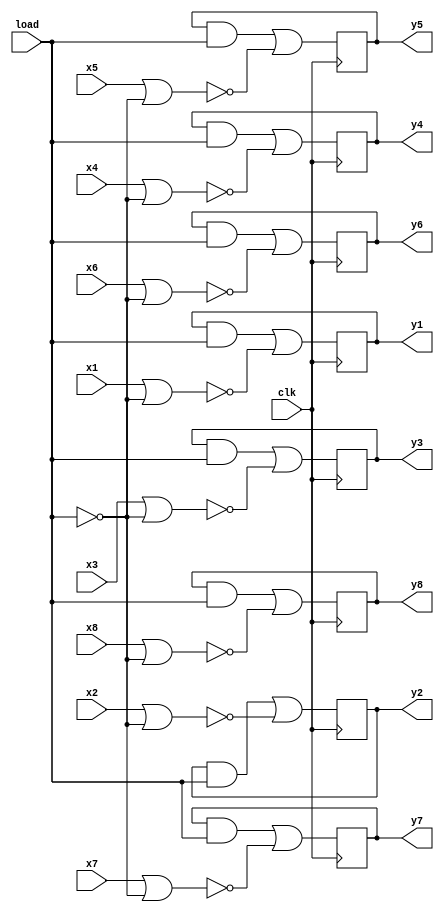
// Copyright (C) 1991-2010 Altera Corporation
// Your use of Altera Corporation's design tools, logic functions 
// and other software and tools, and its AMPP partner logic 
// functions, and any output files from any of the foregoing 
// (including device programming or simulation files), and any 
// associated documentation or information are expressly subject 
// to the terms and conditions of the Altera Program License 
// Subscription Agreement, Altera MegaCore Function License 
// Agreement, or other applicable license agreement, including, 
// without limitation, that your use is for the sole purpose of 
// programming logic devices manufactured by Altera and sold by 
// Altera or its authorized distributors.  Please refer to the 
// applicable agreement for further details.

// PROGRAM		"Quartus II"
// VERSION		"Version 10.0 Build 218 06/27/2010 SJ Web Edition"
// CREATED		"Fri Oct 18 15:50:40 2019"

module lab03(
	load,
	clk,
	x1,
	x2,
	x3,
	x4,
	x5,
	x7,
	x8,
	x6,
	y1,
	y2,
	y3,
	y4,
	y5,
	y6,
	y7,
	y8
);


input wire	load;
input wire	clk;
input wire	x1;
input wire	x2;
input wire	x3;
input wire	x4;
input wire	x5;
input wire	x7;
input wire	x8;
input wire	x6;
output wire	y1;
output wire	y2;
output wire	y3;
output wire	y4;
output wire	y5;
output wire	y6;
output wire	y7;
output wire	y8;

wire	SYNTHESIZED_WIRE_0;
reg	DFF_inst2;
wire	SYNTHESIZED_WIRE_1;
wire	SYNTHESIZED_WIRE_2;
wire	SYNTHESIZED_WIRE_3;
reg	DFF_inst3;
wire	SYNTHESIZED_WIRE_4;
wire	SYNTHESIZED_WIRE_5;
wire	SYNTHESIZED_WIRE_6;
reg	DFF_inst4;
wire	SYNTHESIZED_WIRE_7;
wire	SYNTHESIZED_WIRE_8;
wire	SYNTHESIZED_WIRE_9;
reg	DFF_inst5;
wire	SYNTHESIZED_WIRE_10;
wire	SYNTHESIZED_WIRE_11;
wire	SYNTHESIZED_WIRE_12;
reg	DFF_inst6;
wire	SYNTHESIZED_WIRE_13;
wire	SYNTHESIZED_WIRE_14;
wire	SYNTHESIZED_WIRE_15;
reg	DFF_inst7;
wire	SYNTHESIZED_WIRE_16;
wire	SYNTHESIZED_WIRE_17;
wire	SYNTHESIZED_WIRE_18;
reg	DFF_inst8;
wire	SYNTHESIZED_WIRE_19;
wire	SYNTHESIZED_WIRE_20;
wire	SYNTHESIZED_WIRE_21;
wire	SYNTHESIZED_WIRE_22;
reg	DFF_inst1;
wire	SYNTHESIZED_WIRE_23;
wire	SYNTHESIZED_WIRE_24;
wire	SYNTHESIZED_WIRE_25;
wire	SYNTHESIZED_WIRE_26;
wire	SYNTHESIZED_WIRE_27;
wire	SYNTHESIZED_WIRE_28;
wire	SYNTHESIZED_WIRE_29;
wire	SYNTHESIZED_WIRE_30;
wire	SYNTHESIZED_WIRE_31;

assign	y1 = DFF_inst1;
assign	y2 = DFF_inst2;
assign	y3 = DFF_inst3;
assign	y4 = DFF_inst4;
assign	y5 = DFF_inst5;
assign	y6 = DFF_inst6;
assign	y7 = DFF_inst7;
assign	y8 = DFF_inst8;



assign	SYNTHESIZED_WIRE_2 = ~(x2 | SYNTHESIZED_WIRE_0);

assign	SYNTHESIZED_WIRE_1 = DFF_inst2 & load;

assign	SYNTHESIZED_WIRE_25 = SYNTHESIZED_WIRE_1 | SYNTHESIZED_WIRE_2;

assign	SYNTHESIZED_WIRE_3 =  ~load;

assign	SYNTHESIZED_WIRE_5 = ~(x3 | SYNTHESIZED_WIRE_3);

assign	SYNTHESIZED_WIRE_4 = DFF_inst3 & load;

assign	SYNTHESIZED_WIRE_26 = SYNTHESIZED_WIRE_4 | SYNTHESIZED_WIRE_5;

assign	SYNTHESIZED_WIRE_6 =  ~load;

assign	SYNTHESIZED_WIRE_8 = ~(x4 | SYNTHESIZED_WIRE_6);

assign	SYNTHESIZED_WIRE_7 = DFF_inst4 & load;

assign	SYNTHESIZED_WIRE_27 = SYNTHESIZED_WIRE_7 | SYNTHESIZED_WIRE_8;

assign	SYNTHESIZED_WIRE_9 =  ~load;

assign	SYNTHESIZED_WIRE_11 = ~(x5 | SYNTHESIZED_WIRE_9);

assign	SYNTHESIZED_WIRE_10 = DFF_inst5 & load;

assign	SYNTHESIZED_WIRE_28 = SYNTHESIZED_WIRE_10 | SYNTHESIZED_WIRE_11;

assign	SYNTHESIZED_WIRE_12 =  ~load;

assign	SYNTHESIZED_WIRE_14 = ~(x6 | SYNTHESIZED_WIRE_12);

assign	SYNTHESIZED_WIRE_13 = DFF_inst6 & load;

assign	SYNTHESIZED_WIRE_29 = SYNTHESIZED_WIRE_13 | SYNTHESIZED_WIRE_14;

assign	SYNTHESIZED_WIRE_15 =  ~load;

assign	SYNTHESIZED_WIRE_17 = ~(x7 | SYNTHESIZED_WIRE_15);

assign	SYNTHESIZED_WIRE_16 = DFF_inst7 & load;

assign	SYNTHESIZED_WIRE_30 = SYNTHESIZED_WIRE_16 | SYNTHESIZED_WIRE_17;

assign	SYNTHESIZED_WIRE_18 =  ~load;

assign	SYNTHESIZED_WIRE_20 = ~(x8 | SYNTHESIZED_WIRE_18);

assign	SYNTHESIZED_WIRE_19 = DFF_inst8 & load;

assign	SYNTHESIZED_WIRE_31 = SYNTHESIZED_WIRE_19 | SYNTHESIZED_WIRE_20;

assign	SYNTHESIZED_WIRE_24 = SYNTHESIZED_WIRE_21 | SYNTHESIZED_WIRE_22;

assign	SYNTHESIZED_WIRE_21 = DFF_inst1 & load;

assign	SYNTHESIZED_WIRE_22 = ~(x1 | SYNTHESIZED_WIRE_23);

assign	SYNTHESIZED_WIRE_23 =  ~load;

assign	SYNTHESIZED_WIRE_0 =  ~load;


always@(posedge clk)
begin
	begin
	DFF_inst1 = SYNTHESIZED_WIRE_24;
	end
end


always@(posedge clk)
begin
	begin
	DFF_inst2 = SYNTHESIZED_WIRE_25;
	end
end


always@(posedge clk)
begin
	begin
	DFF_inst3 = SYNTHESIZED_WIRE_26;
	end
end


always@(posedge clk)
begin
	begin
	DFF_inst4 = SYNTHESIZED_WIRE_27;
	end
end


always@(posedge clk)
begin
	begin
	DFF_inst5 = SYNTHESIZED_WIRE_28;
	end
end


always@(posedge clk)
begin
	begin
	DFF_inst6 = SYNTHESIZED_WIRE_29;
	end
end


always@(posedge clk)
begin
	begin
	DFF_inst7 = SYNTHESIZED_WIRE_30;
	end
end


always@(posedge clk)
begin
	begin
	DFF_inst8 = SYNTHESIZED_WIRE_31;
	end
end


endmodule